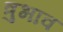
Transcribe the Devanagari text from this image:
त्रुभाव